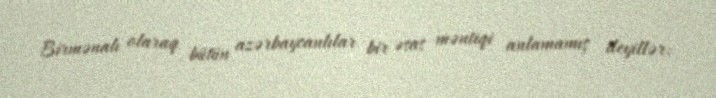
Birmənalı olaraq bütün azərbaycanlılar bir əsas məntiqi anlamamış deyillər: